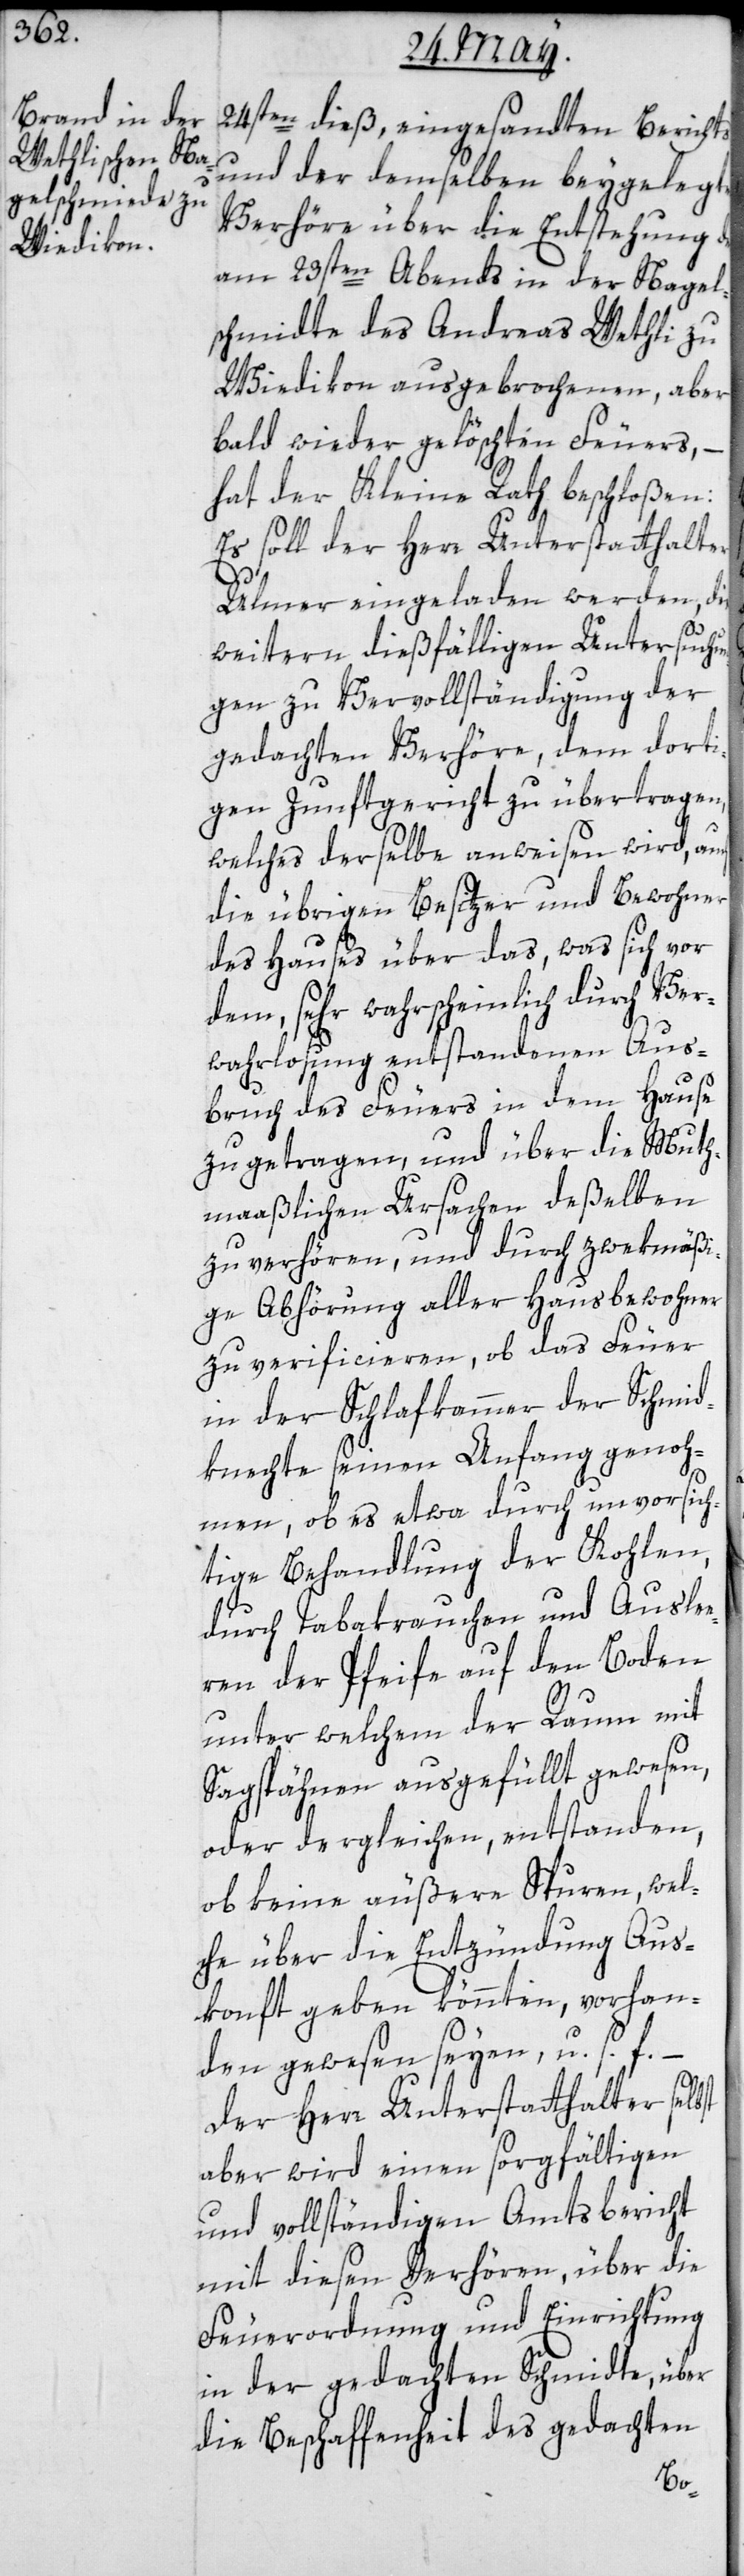
24sten dieß eingesandten Berichts
und der demselben beygelegten
Verhöre über die Entstehung des
am 23sten Abends in der Nagel¬
schmidte des Andreas Wethli zu
Wiedikon ausgebrochenen, aber
bald wieder gelöschten Feuers, –
hat der Kleine Rath beschloßen:
Es soll der Herr Unterstatthalter
st
Ulmer eingeladen werden, die
weitern dießfälligen Untersuch¬
gen zu Vervollständigung der
gedachten Verhöre, dem dorti¬
gen Zunftgericht zu übertragen,
welches derselbe anweisen wird, auch
die übrigen Besitzer und Bewohner
des Hauses über das, was sich vor
dem sehr wahrscheinlich durch Ver¬
wahrlosung entstandenen Aus¬
bruch des Feuers in dem Hause
zugetragen und über die Muth¬
maaßliche Ursachen deßelben
zu verhören, und durch zwekmäßi¬
ge Abhörung aller Hausbewohner
zu verificieren, ob das Feuer
in der Schlafkammer der Schmid¬
knechte seinen Anfang genoh¬
men, ob es etwa durch unvorsich¬
tige Behandlung der Kohlen,
durch Tabakrauchen und Ausle¬
eren der Pfeife auf den Boden,
unter welchem der Raum mit
Sagspähnen ausgefüllt gewesen,
oder dergleichen entstanden,
ob keine äußere Spuren, wel¬
che über die Entzündung Aus¬
konft geben könnten, vorhan¬
den gewesen seyen, u. s.
Der Herr Unterstatthalter selb¬
aber wird einen sorgfältigen
und vollständigen Amtsbericht
mit diesen Verhören, über die
Feuerordnung und Einrichtung
in der gedachten Schmidte, über
die Beschaffenheit des gedachten